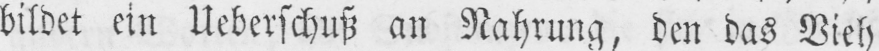
bildet ein Ueberschuß an Nahrung, den das Vieh